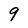
Character: 9